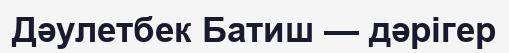
Дәулетбек Батиш — дәрігер